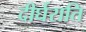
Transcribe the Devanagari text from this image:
दीर्घराति